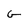
Character: G